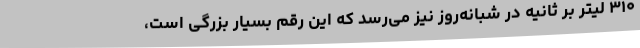
۳۱۰ لیتر بر ثانیه در شبانه‌روز نیز می‌رسد که این رقم بسیار بزرگی است،